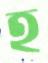
হ